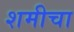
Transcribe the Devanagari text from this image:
शमीचा